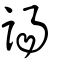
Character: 諹